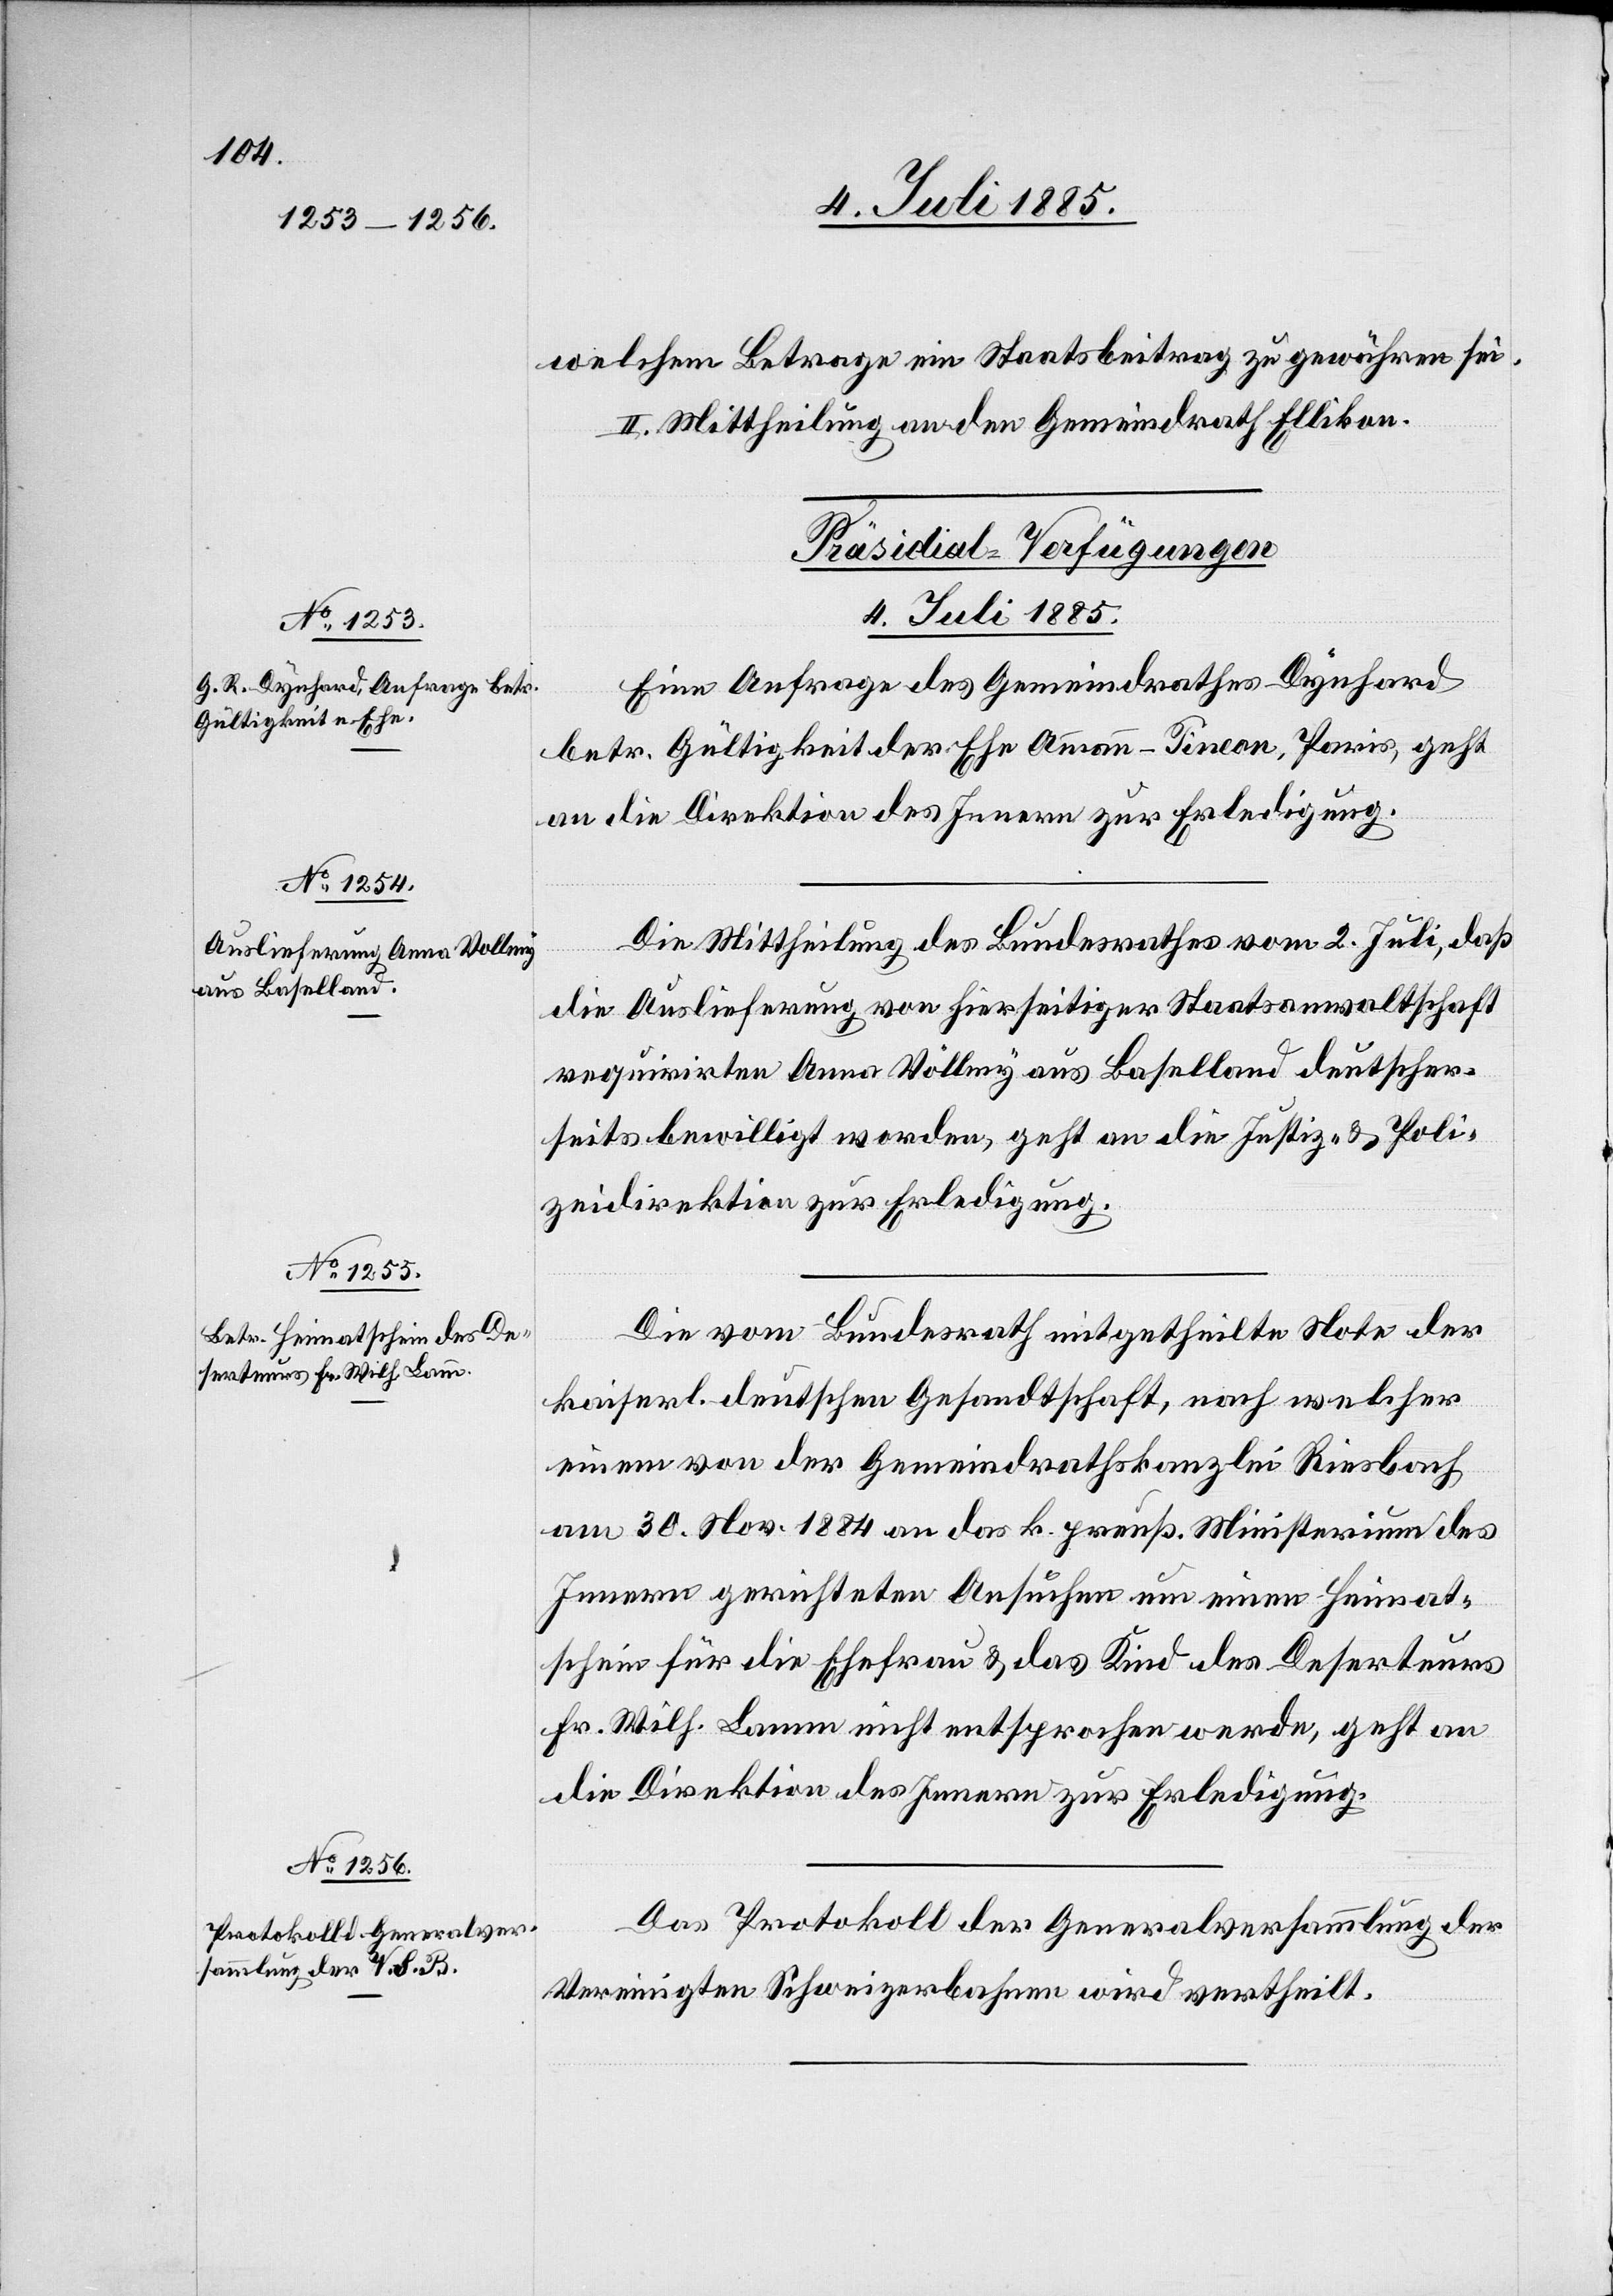
welchem Betrage ein Staatsbeitrag zu gewähren sei.
II. Mittheilung an den Gemeindrath Ellikon.
[Präsidial-Verfügungen
4. Juli 1885.]
Eine Anfrage des Gemeindrathes Dynhard
betr. Gültigkeit der Ehe Ammann-Tincon, Paris, geht
an die Direktion des Innern zur Erledigung.
Die Mittheilung des Bundesrathes vom 2. Juli, daß
die Auslieferung von hierseitiger Staatsanwaltschaft
requirirten Anna Völlmy [sic!] aus Baselland deutscher¬
seits bewilligt worden, geht an die Justiz- & Poli¬
zeidirektion zur Erledigung.
Die vom Bundesrath mitgetheilte Note der
kaiserl. deutschen Gesandtschaft, nach welcher
einem von der Gemeindrathskanzlei Riesbach
am 30. Nov. 1884 an das k. preuß. Ministerium des
Innern gerichteten Ansuchen um einen Heimat¬
schein für die Ehefrau & das Kind des Deserteurs
Fr. Wilh. Lamm nicht entsprochen werde, geht an
die Direktion des Innern zur Erledigung.
Das Protokoll der Generalversammlung der
Vereinigten Schweizerbahnen wird vertheilt.